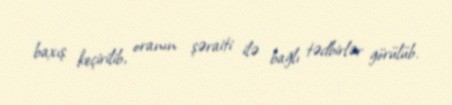
baxış keçirilib, oranın şəraiti ilə bağlı tədbirlər görülüb.